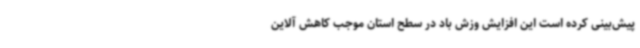
پیش‌بینی کرده است این افزایش وزش باد در سطح استان موجب کاهش آلاین